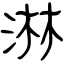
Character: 淋